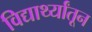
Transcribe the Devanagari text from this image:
विद्यार्थ्यांतून